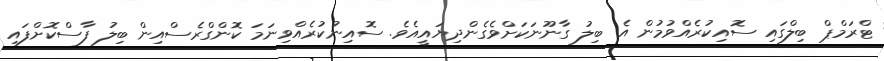
ޓްރަމްޕް ބިލްގައި ސޮއިކުރެއްވުމުން އެ ބިލު ގާނޫނަކަށްވެގެންދިޔައީއެވެ. ސޮއިނުކުރެއްވިނަމަ ކޮންގްރެސްއިން ބިލު ފާސްކޮށްފައި